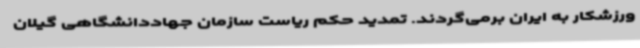
ورزشکار به ایران برمی‌گردند. تمدید حکم ریاست سازمان جهاددانشگاهی گیلان